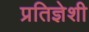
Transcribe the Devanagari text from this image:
प्रतिज्ञेशी